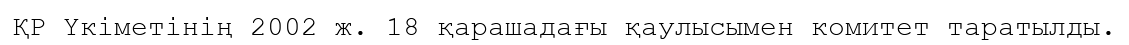
ҚР Үкіметінің 2002 ж. 18 қарашадағы қаулысымен комитет таратылды.